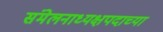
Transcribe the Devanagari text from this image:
संमेलनाध्यक्षपदाच्या